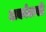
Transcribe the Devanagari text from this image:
अर्काटासी